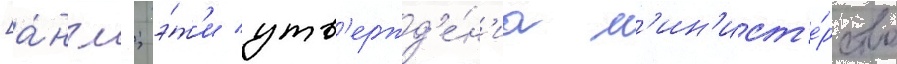
[а́нгл.; э́т'и утв'ержд'е́н'иа м'ин'ист'е́рство